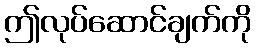
ဤလုပ်ဆောင်ချက်ကို